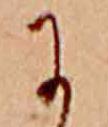
に